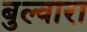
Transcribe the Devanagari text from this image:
बुल्वारा